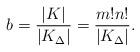
LaTeX: \begin{align*}b=\frac{|K|}{|K_\Delta|}=\frac{m!n!}{|K_\Delta|}.\end{align*}